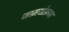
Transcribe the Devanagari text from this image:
जामखेडच्या